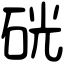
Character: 硄